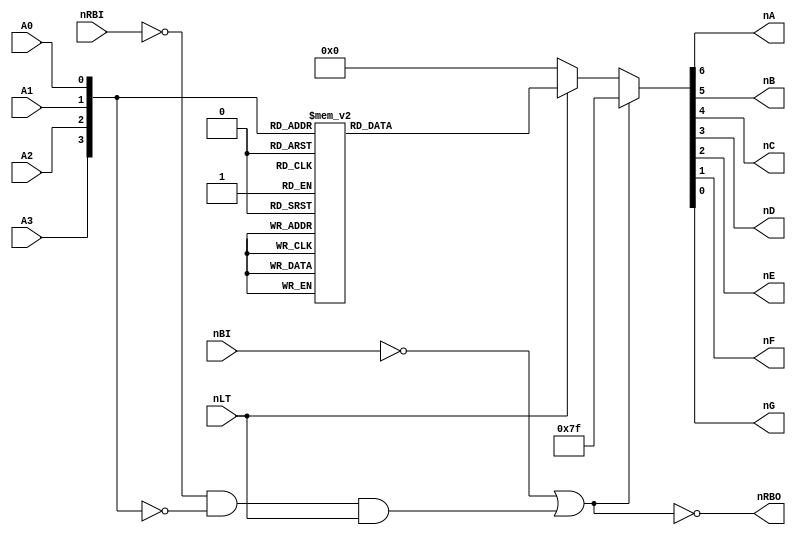
// ELEC2141 Demonstration Code for Nexys
//
// This code implements 7447 BCD to 7-Segment Decoder
//
// 
// George Lam, george.lam@unswalumni.com.NOSPAM
//

module bcdtoseg(nLT, nRBI, A3, A2, A1, A0, nBI,
				nRBO, nA, nB, nC, nD, nE, nF, nG);

	input  nLT, nRBI, A3, A2, A1, A0, nBI;
	output nRBO, nA, nB, nC, nD, nE, nF, nG;

	// BCD input
	wire  [3:0] SEGIN;
	
	// 7-Segment Output (Active Low)
	reg   [6:0] nSEGOUT;

	// Use Bus notation
	assign   SEGIN[3] = A3;
	assign   SEGIN[2] = A2;
	assign   SEGIN[1] = A1;
	assign   SEGIN[0] = A0;

	assign   nA = nSEGOUT[6];
	assign   nB = nSEGOUT[5];
	assign   nC = nSEGOUT[4];
	assign   nD = nSEGOUT[3];
	assign   nE = nSEGOUT[2];
	assign   nF = nSEGOUT[1];
	assign   nG = nSEGOUT[0];

	// Ripple-blanknig output
	assign nRBO = ~(~nBI || (~nRBI && (SEGIN == 4'd0) && nLT));
	
	// Implement Lookup table
	always @ (nRBO or nLT or SEGIN) begin
		if (~nRBO) begin
			//  Blanking output
			nSEGOUT = ~7'b0000000; 
		end else if (~nLT) begin
			//  Lamp test
			nSEGOUT = ~7'b1111111; 
		end else begin 
			case (SEGIN)
				4'd0:     nSEGOUT = ~7'b1111110; 
				4'd1:     nSEGOUT = ~7'b0110000;
				4'd2:     nSEGOUT = ~7'b1101101;
				4'd3:     nSEGOUT = ~7'b1111001;
				4'd4:     nSEGOUT = ~7'b0110011;
				4'd5:     nSEGOUT = ~7'b1011011;
				4'd6:     nSEGOUT = ~7'b1011111;
				4'd7:     nSEGOUT = ~7'b1110000;
				4'd8:     nSEGOUT = ~7'b1111111;
				4'd9:     nSEGOUT = ~7'b1111011; 
				4'd10:    nSEGOUT = ~7'b0001101; 
				4'd11:    nSEGOUT = ~7'b0011001; 
				4'd12:    nSEGOUT = ~7'b0100011; 
				4'd13:    nSEGOUT = ~7'b1001011; 
				4'd14:    nSEGOUT = ~7'b0001111; 
				4'd15:    nSEGOUT = ~7'b0000000; 
			endcase
		end
	end

endmodule